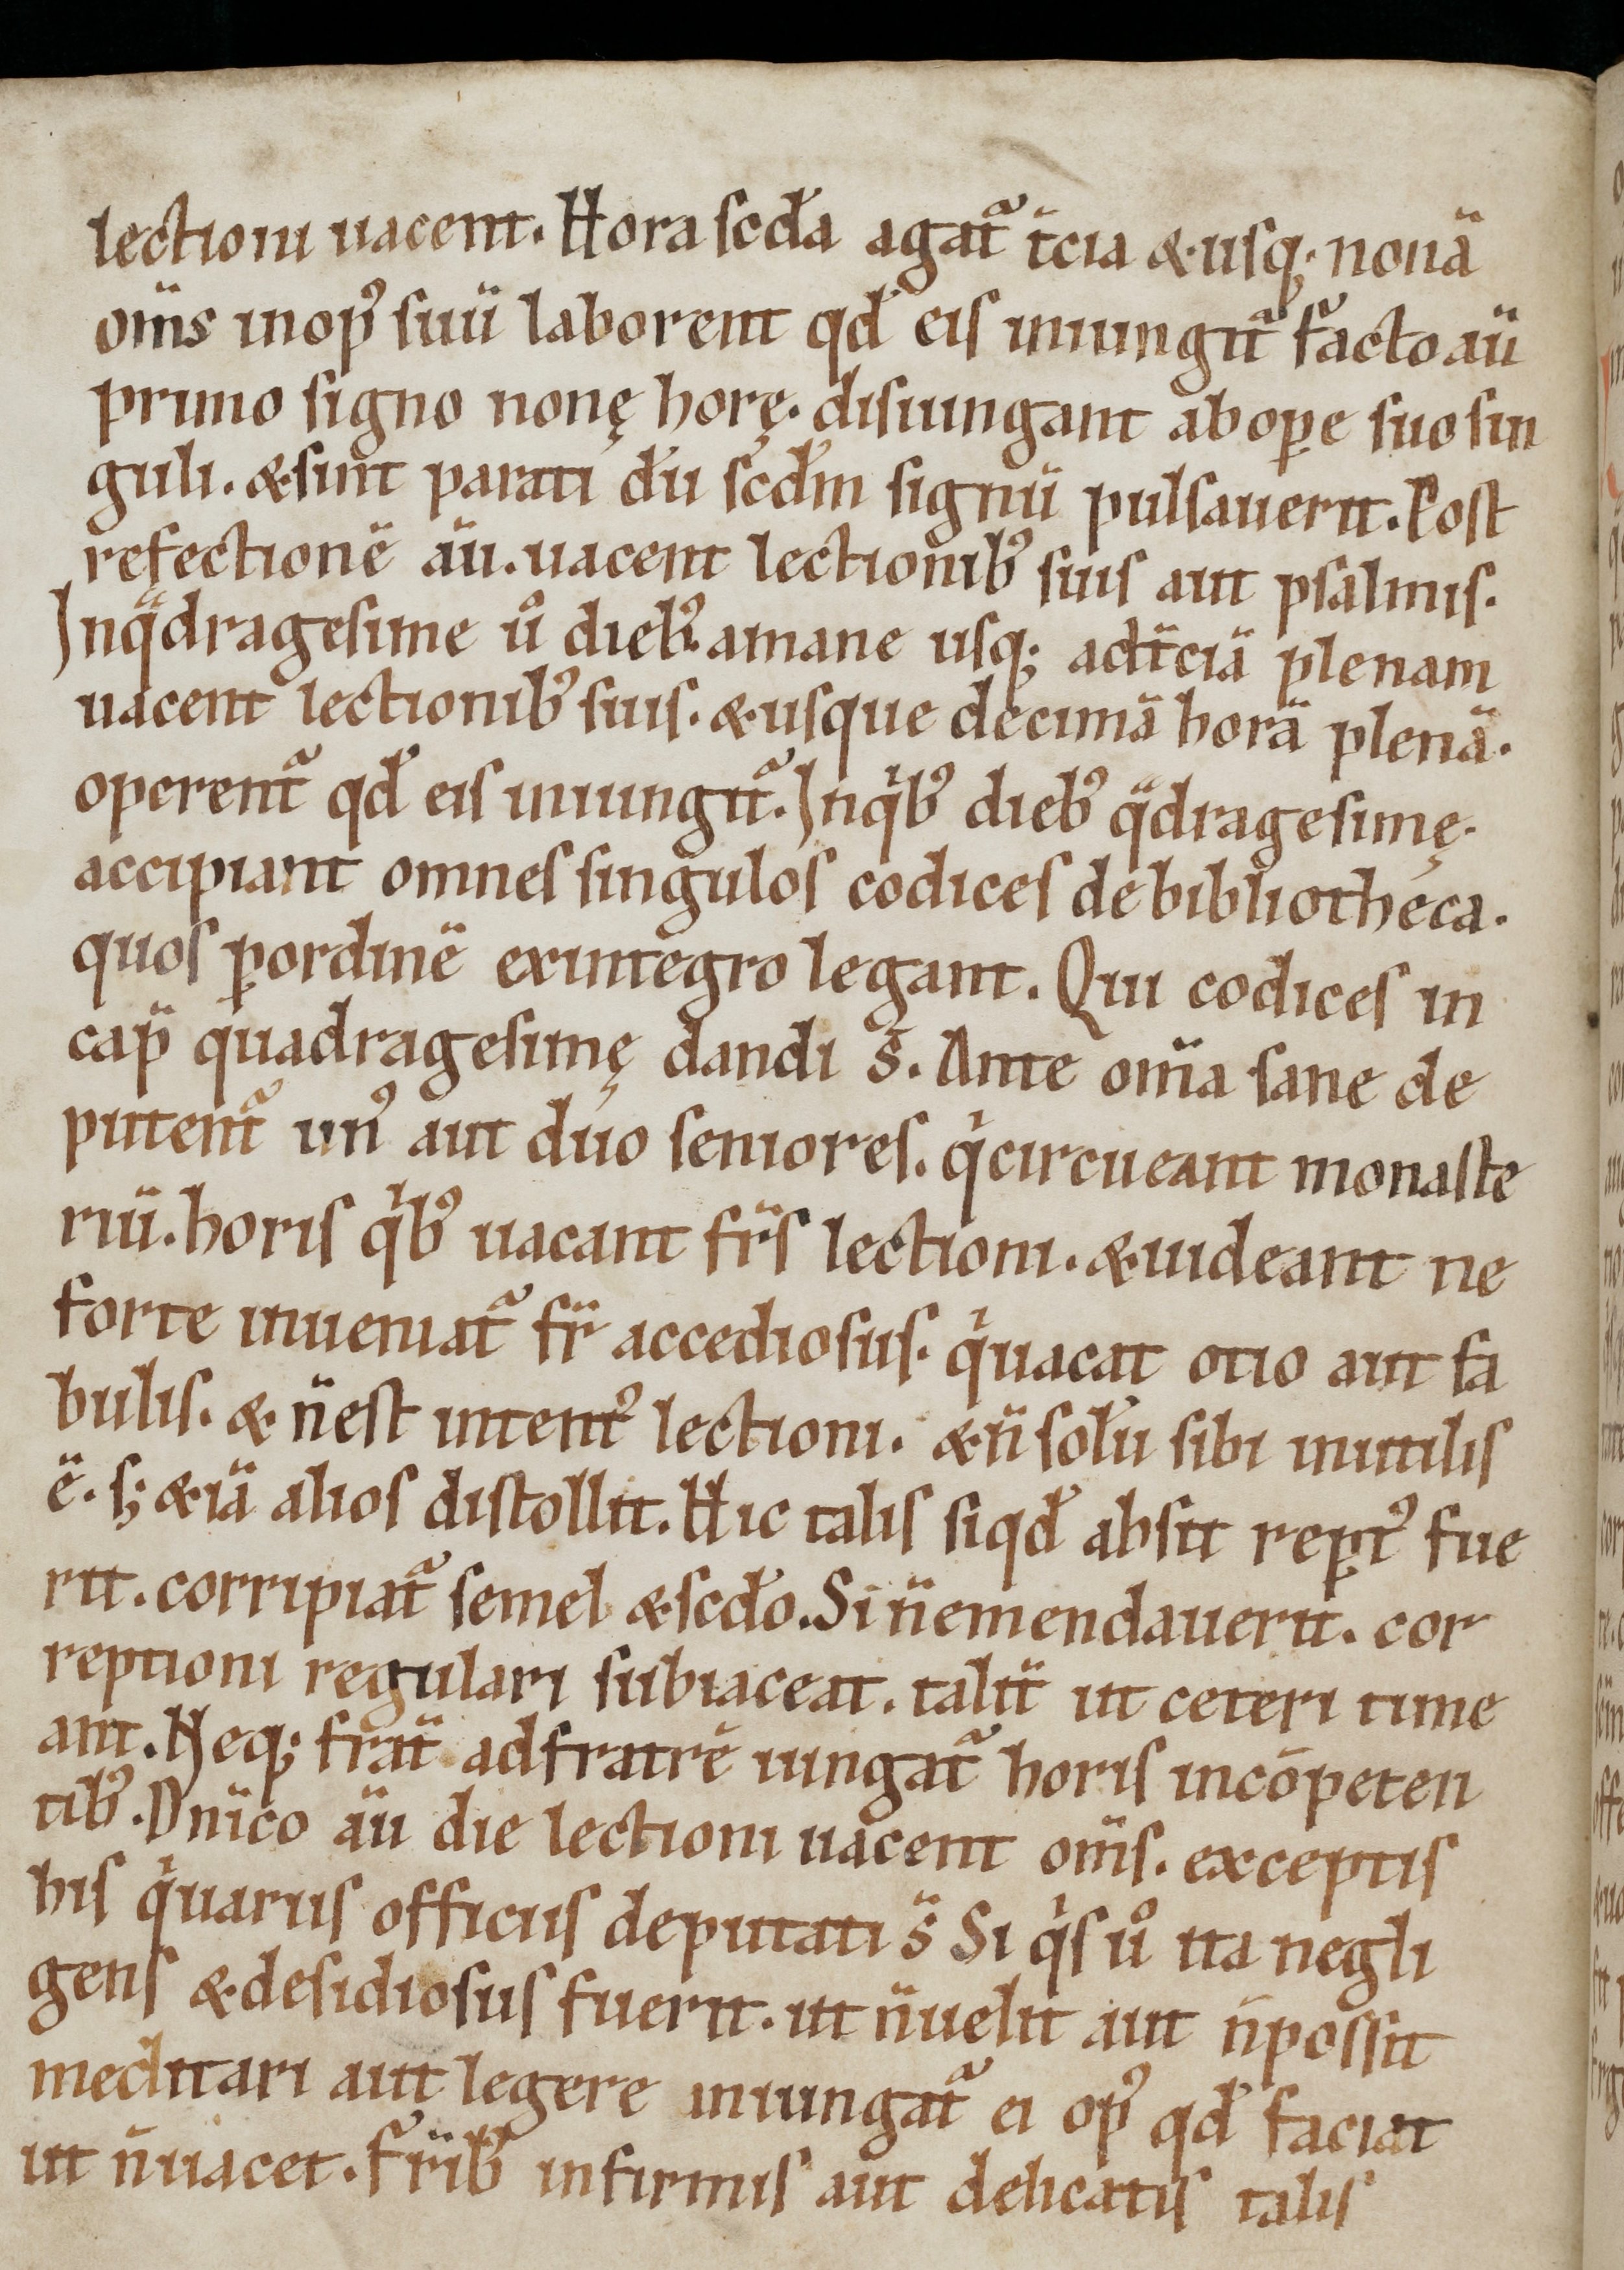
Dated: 1100–1199